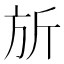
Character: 𪯲